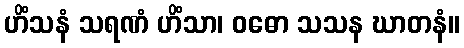
ဟိံသနံ သရဏံ ဟိံသာ၊ ဝဓော သသန ဃာတနံ။